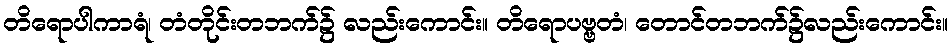
တိရောပါကာရံ၊ တံတိုင်းတဘက်၌ လည်းကောင်း။ တိရောပဗ္ဗတံ၊ တောင်တဘက်၌လည်းကောင်း။